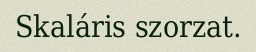
Skaláris szorzat.